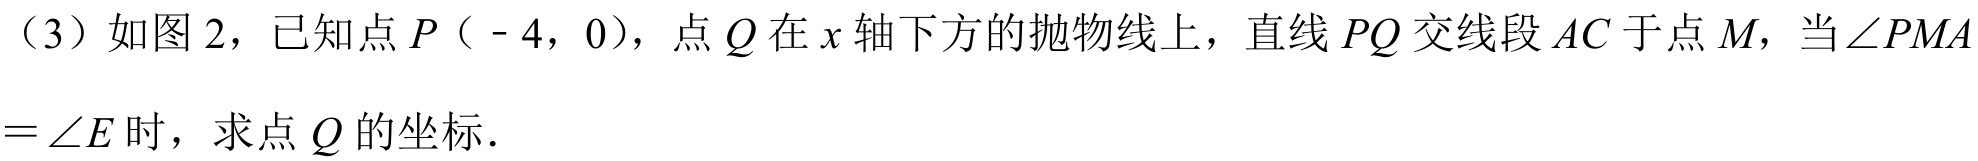
（3）如图2，已知点\(P\)（\(-4\)，0），点\(Q\)在\(x\)轴下方的抛物线上，直线\(PQ\)交线段\(AC\)于点\(M\)，当\(\angle PMA=\angle E\)时，求点\(Q\)的坐标．